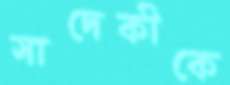
সাদেকীকে